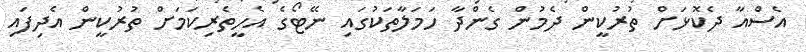
އެސްއާ ދެކޮޅަށް ތުރުކީން ދެމުން ގެންދާ ހަމަލާތަކުގައި ނޭޓޯގެ އެހީތެރިކަމަށް ތުރުކީން އެދިފައި